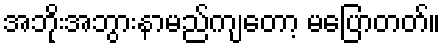
အဘိုးအဘွားနာမည်ကျတော့ မပြောတတ်။